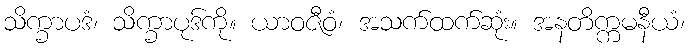
သိက္ခာပဒံ၊ သိက္ခာပုဒ်ကို။ ယာဝဇီဝံ၊ အသက်ထက်ဆုံး။ အနတိက္ကမနီယံ၊